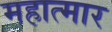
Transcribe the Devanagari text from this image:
महात्मार